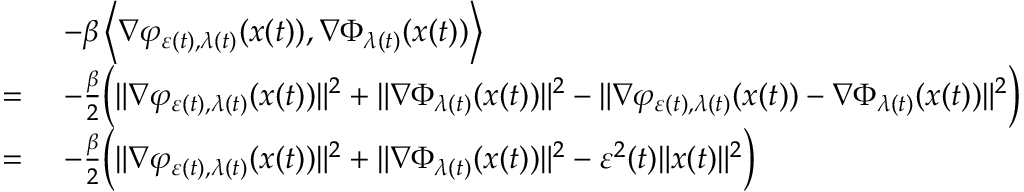
\begin{array} { r l } & { - \beta \left\langle \nabla \varphi _ { \varepsilon ( t ) , \lambda ( t ) } ( x ( t ) ) , \nabla \Phi _ { \lambda ( t ) } ( x ( t ) ) \right\rangle } \\ { = \ } & { - \frac { \beta } { 2 } \Big ( \| \nabla \varphi _ { \varepsilon ( t ) , \lambda ( t ) } ( x ( t ) ) \| ^ { 2 } + \| \nabla \Phi _ { \lambda ( t ) } ( x ( t ) ) \| ^ { 2 } - \| \nabla \varphi _ { \varepsilon ( t ) , \lambda ( t ) } ( x ( t ) ) - \nabla \Phi _ { \lambda ( t ) } ( x ( t ) ) \| ^ { 2 } \Big ) } \\ { = \ } & { - \frac { \beta } { 2 } \Big ( \| \nabla \varphi _ { \varepsilon ( t ) , \lambda ( t ) } ( x ( t ) ) \| ^ { 2 } + \| \nabla \Phi _ { \lambda ( t ) } ( x ( t ) ) \| ^ { 2 } - \varepsilon ^ { 2 } ( t ) \| x ( t ) \| ^ { 2 } \Big ) } \end{array}